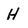
Character: H